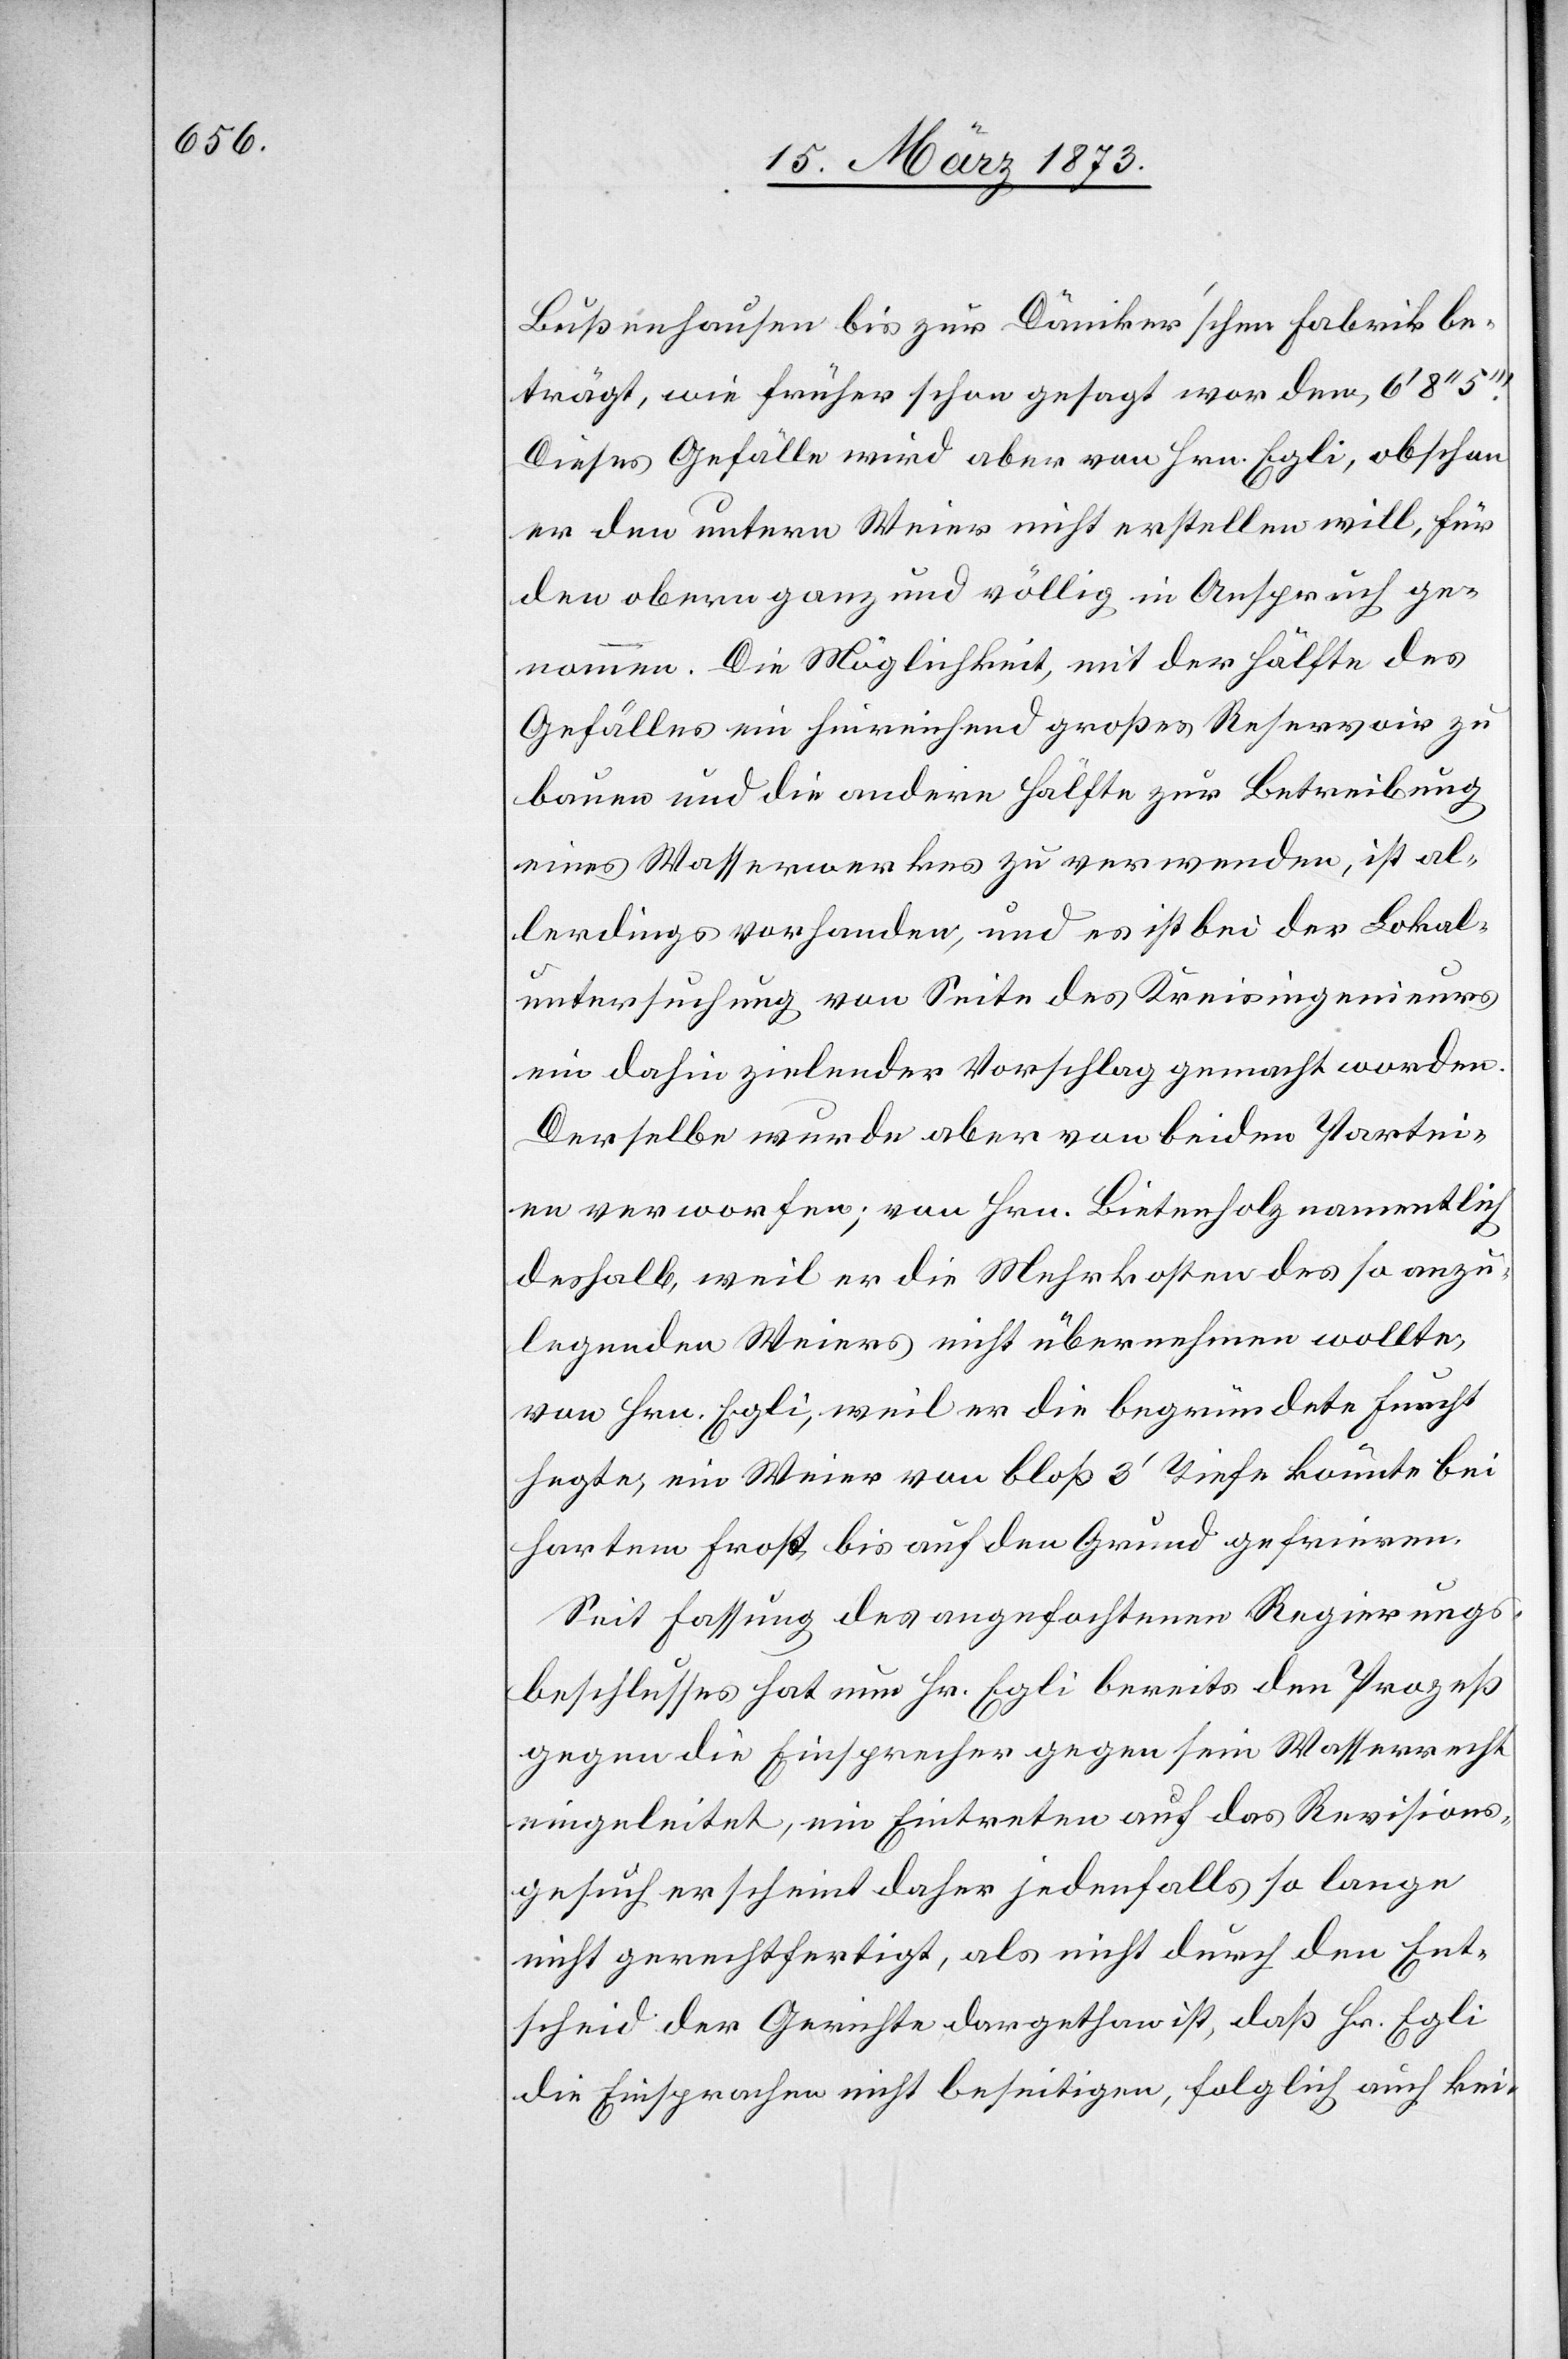
Bußenhausen bis zur Däniker’schen Fabrik be¬
trägt, wie früher schon gesagt worden, 6’ 8’’
Diese Gefälle wird aber von Hrn. Egli, obschon
er den untern Weier nicht erstellen will, für
den obern ganz und völlig im Anspruch ge¬
nommen. Die Möglichkeit, mit der Hälfte des
Gefälles ein hinreichend großes Reservoir zu
bauen und die andere Hälfte zur Betreibung
eines Wasserwerkes zu verwenden, ist al¬
lerdings vorhanden, und es ist bei der Lokal¬
untersuchung von Seite des Kreisingenieurs
ein dahin zielender Vorschlag gemacht worden.
Derselbe wurde aber von beiden Partei¬
en verworfen; von Hrn. Bietenholz namentlich
deshalb, weil er die Mehrkosten des so anzu¬
legenden Weiers nicht übernehmen wollte,
von Hrn. Egli, weil er die begründete Furcht
hegte, ein Weier von bloß 3’ Tiefe könnte bei
hartem Frost bis auf den Grund gefrieren.
Seit Fassung des angefochtenen Regierungs¬
beschlusses hat nun Hr. Egli bereits den Prozeß
gegen die Einsprecher gegen sein Wasserrecht
eingeleitet, ein Eintreten auf das Revisions¬
gesuch erscheint daher jedenfalls so lange
nicht gerechtfertigt, als nicht durch den Ent¬
scheid der Gerichte dargethan ist, daß Hr. Egli
die Einsprachen nicht beseitigen, folglich auch kei-